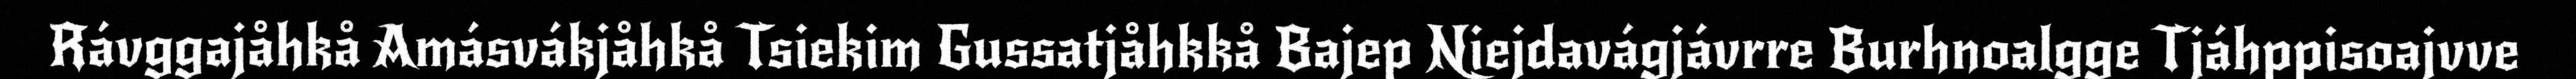
Rávggajåhkå Amásvákjåhkå Tsiekim Gussatjåhkkå Bajep Niejdavágjávrre Burhnoalgge Tjáhppisoajvve